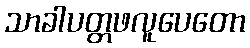
သာခါပတ္တဖလူပေတော